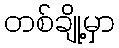
တစ်ချို့မှာ